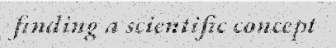
finding a scientific concept